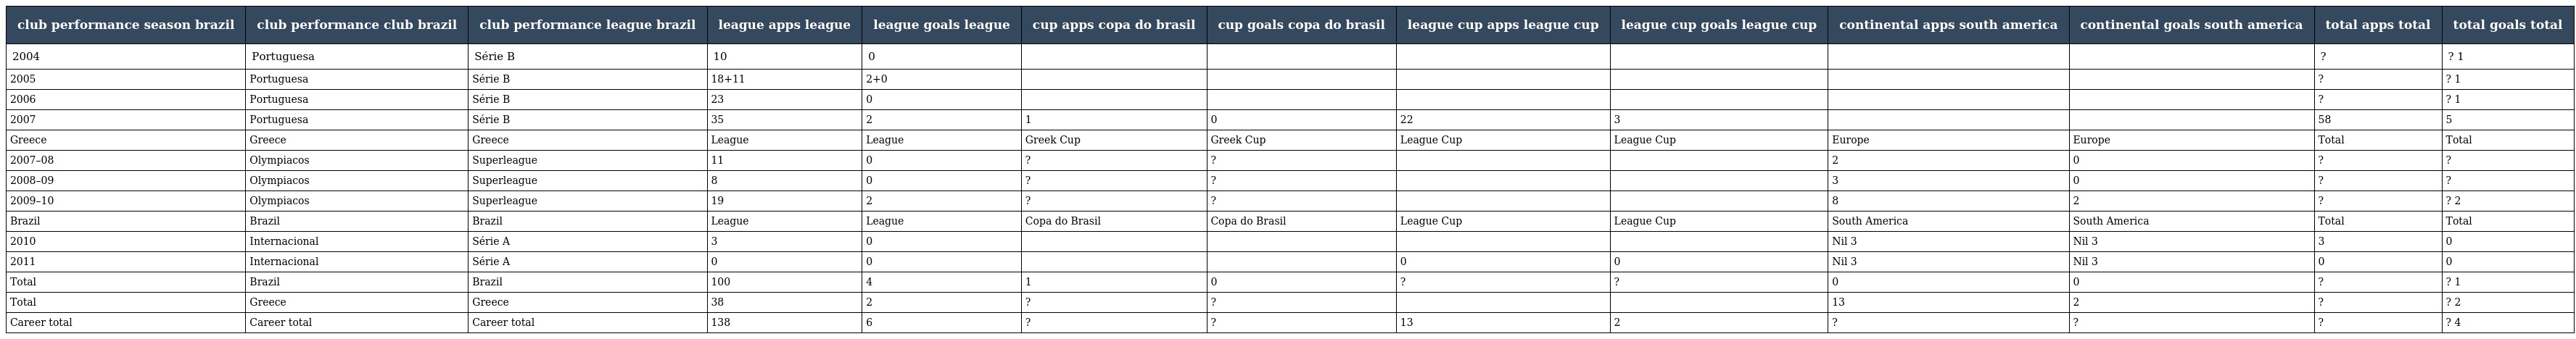
| club performance season brazil | club performance club brazil | club performance league brazil | league apps league | league goals league | cup apps copa do brasil | cup goals copa do brasil | league cup apps league cup | league cup goals league cup | continental apps south america | continental goals south america | total apps total | total goals total |
 | --- | --- | --- | --- | --- | --- | --- | --- | --- | --- | --- | --- | --- |
 | 2004 | Portuguesa | Série B | 10 | 0 |  |  |  |  |  |  | ? | ? 1 |
 | 2005 | Portuguesa | Série B | 18+11 | 2+0 |  |  |  |  |  |  | ? | ? 1 |
 | 2006 | Portuguesa | Série B | 23 | 0 |  |  |  |  |  |  | ? | ? 1 |
 | 2007 | Portuguesa | Série B | 35 | 2 | 1 | 0 | 22 | 3 |  |  | 58 | 5 |
 | Greece | Greece | Greece | League | League | Greek Cup | Greek Cup | League Cup | League Cup | Europe | Europe | Total | Total |
 | 2007–08 | Olympiacos | Superleague | 11 | 0 | ? | ? |  |  | 2 | 0 | ? | ? |
 | 2008–09 | Olympiacos | Superleague | 8 | 0 | ? | ? |  |  | 3 | 0 | ? | ? |
 | 2009–10 | Olympiacos | Superleague | 19 | 2 | ? | ? |  |  | 8 | 2 | ? | ? 2 |
 | Brazil | Brazil | Brazil | League | League | Copa do Brasil | Copa do Brasil | League Cup | League Cup | South America | South America | Total | Total |
 | 2010 | Internacional | Série A | 3 | 0 |  |  |  |  | Nil 3 | Nil 3 | 3 | 0 |
 | 2011 | Internacional | Série A | 0 | 0 |  |  | 0 | 0 | Nil 3 | Nil 3 | 0 | 0 |
 | Total | Brazil | Brazil | 100 | 4 | 1 | 0 | ? | ? | 0 | 0 | ? | ? 1 |
 | Total | Greece | Greece | 38 | 2 | ? | ? |  |  | 13 | 2 | ? | ? 2 |
 | Career total | Career total | Career total | 138 | 6 | ? | ? | 13 | 2 | ? | ? | ? | ? 4 |